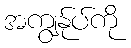
အကျွန်ုပ်ကို